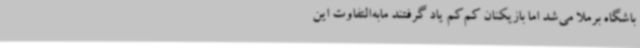
باشگاه برملا می‌شد اما بازیکنان کم‌کم یاد گرفتند مابه‌التفاوت این